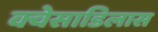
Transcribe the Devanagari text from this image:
क्वेसाडिलास